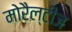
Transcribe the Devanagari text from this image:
मोरैल्टीज